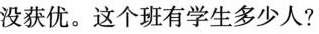
没获优。这个班有学生多少人?